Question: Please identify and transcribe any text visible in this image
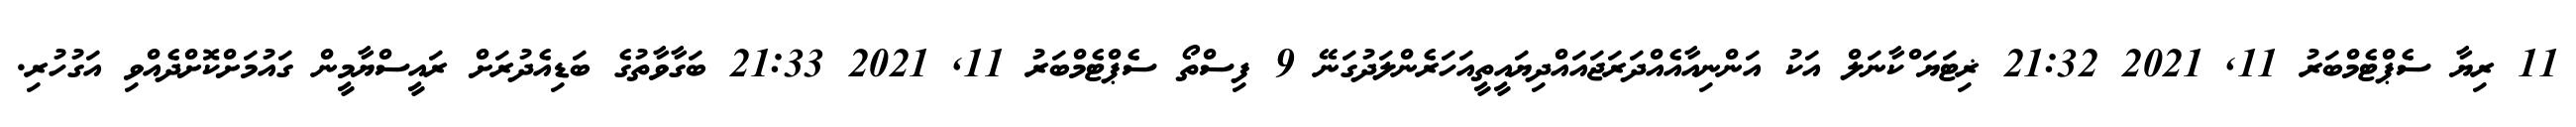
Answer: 11 ރިޔާ ސެޕްޓެމްބަރު 11, 2021 21:32 ޜިޓަޔަޱްކާނަލް އަކު އަންނިއާއެއްދަރަޖައައްދިޔައީތީއަހަރެންލަދުގަނޭ 9 ފިސްތޯ ސެޕްޓެމްބަރު 11, 2021 21:33 ބަގާވާތުގެ ބަޑިއެދުރަށް ރައީސްޔާމީން ގައުމަށްކޮށްދެއްވި އަގުހުރި.